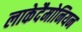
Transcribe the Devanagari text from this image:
लाकेदैमोनियन